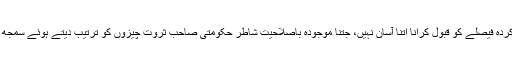
ہر مسلط کردہ فیصلے کو قبول کرانا اتنا آسان نہیں، جتنا موجودہ باصلاحیت شاطر حکومتی صاحبِ ثروت چیزوں کو ترتیب دیتے ہوئے سمجھ رہے ہیں۔